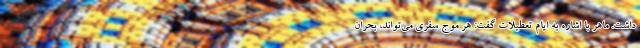
داشت. ماهر با اشاره به ایام تعطیلات گفت: هر موج سفری می‌تواند، بحران